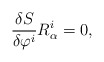
\begin{align*}{\delta{S}\over\delta\varphi^i}{R}^i_\alpha=0,\end{align*}